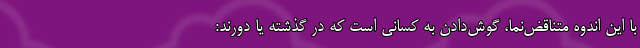
با این اندوه متناقض‌نما، گوش‌دادن به کسانی است که در گذشته‌ یا دورند: